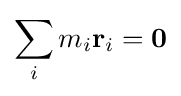
\sum _{i}m_{i}\mathbf {r} _{i}=\mathbf {0}